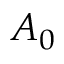
A _ { 0 }